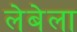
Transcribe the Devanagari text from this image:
लेबेला